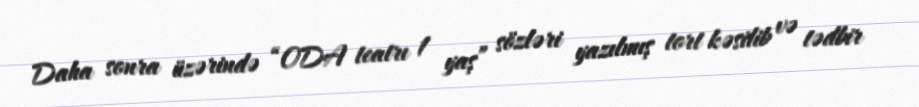
Daha sonra üzərində “ODA teatrı 1 yaş” sözləri yazılmış tort kəsilib və tədbir